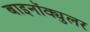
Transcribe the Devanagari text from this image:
बाइनॉक्युलर